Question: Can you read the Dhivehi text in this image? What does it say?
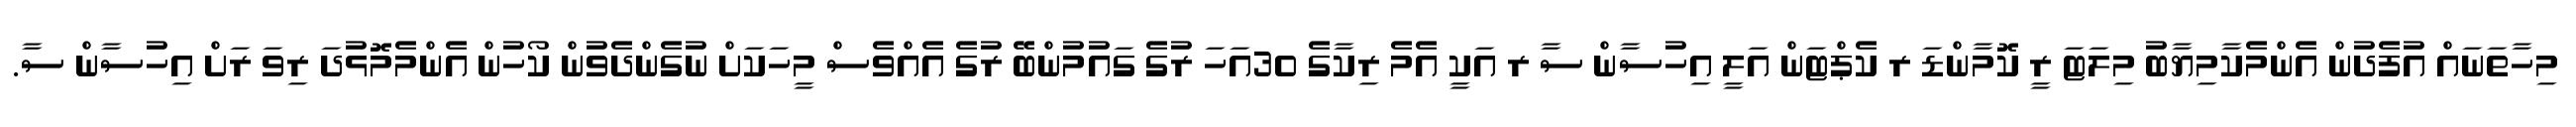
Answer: މިހާތަނައް އުފެދުން އެންމެކާމިޔާބު މިލަޓަ ރީ ކޮމާންޑަ ރ ކެޕްޓަން އަލީ އިހުސާން ސާ ރ އަކީ އެމެ ރިކާގެ 30އަހަ ރުގެ ގައުމުންބޭ ރުގެ އެއްވެސް މީހަކަށް ނުގެންދެވުން ކޯހުން އެންމެމޮޅުދަ ރިވަ ރަށް އިހުސާން ސާ.